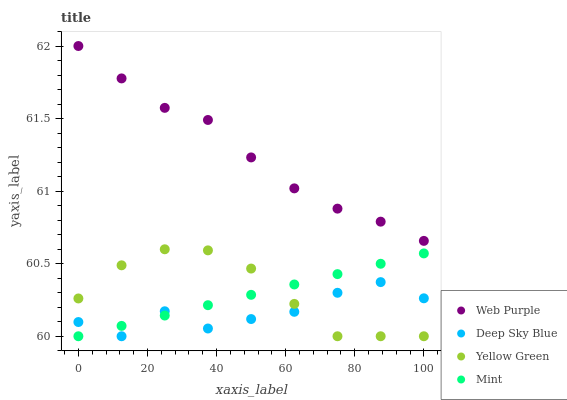
| xaxis_label | Web Purple | Deep Sky Blue | Yellow Green | Mint |
 | --- | --- | --- | --- | --- |
 | 0 | 62 | 60.1 | 60.3 | 60 |
 | 12.5 | 61.8 | 60 | 60.5 | 60.1 |
 | 25 | 61.6 | 60.2 | 60.6 | 60.1 |
 | 37.5 | 61.5 | 60.1 | 60.6 | 60.2 |
 | 50 | 61.2 | 60.1 | 60.5 | 60.3 |
 | 62.5 | 61 | 60.2 | 60.2 | 60.4 |
 | 75 | 60.9 | 60.3 | 60 | 60.4 |
 | 87.5 | 60.8 | 60.4 | 60 | 60.5 |
 | 100 | 60.7 | 60.3 | 60 | 60.6 |